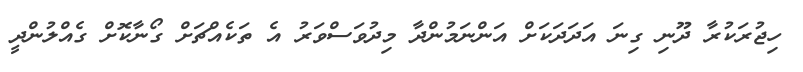
ހިޖުރަކުރާ ދޫނި ގިނަ އަދަދަކަށް އަންނަމުންދާ މިދުވަސްވަރު އެ ތަކެއްޗަށް ގޯނާކޮށް ގެއްލުންދީ